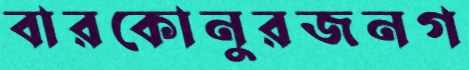
বারকোনুরজনগ